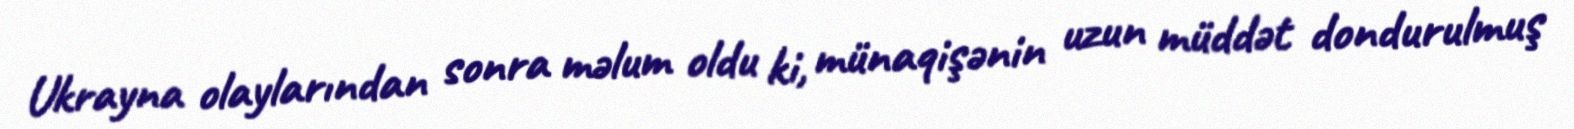
Ukrayna olaylarından sonra məlum oldu ki, münaqişənin uzun müddət dondurulmuş